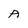
Character: A